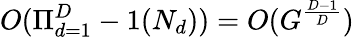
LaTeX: O(\Pi_{d=1}^{D}-1(N_{d}))=O(G^{\frac{D-1}{D}})